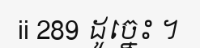
ii 289 ដូច្នេះ ។